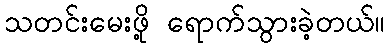
သတင်းမေးဖို့ ရောက်သွားခဲ့တယ်။